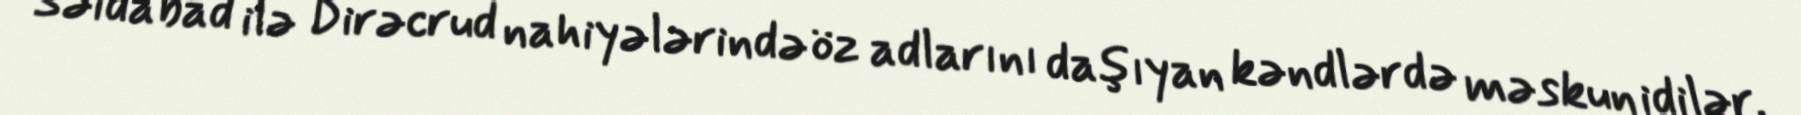
Səidabad ilə Dirəcrud nahiyələrində öz adlarını daşıyan kəndlərdə məskun idilər.